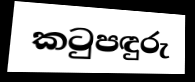
කටුපඳුරු